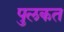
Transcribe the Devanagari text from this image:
पुलकत